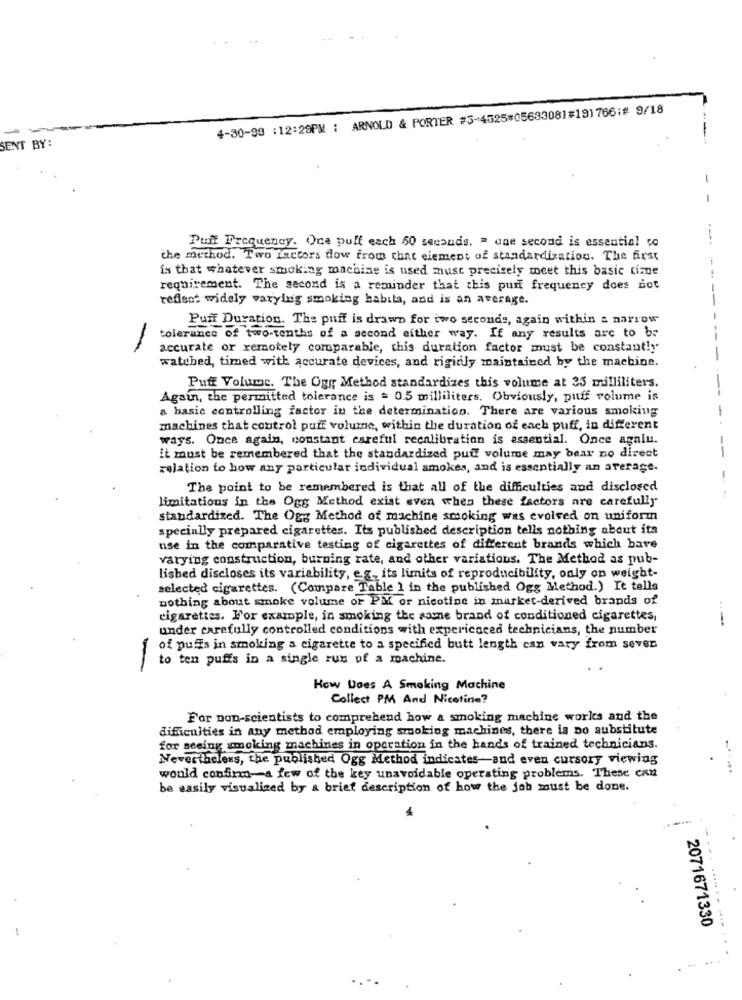
4-30-99 :12:29PM : ARNOLD & PORTER #5-4525#05633081#191766;# 9/18
-
-
SENT BY:
Puit Frequency. One puff each 60 seconds. " one second is essential to
the method. Two factors flow from chat element of standardization. The first
is that whatever smoking machine is used must precisely meet this basic cime
requirement. The second is a reminder that this purt frequency does not
reflect widely varylug smoking habita, and is an average.
Pun Duration. The puff is drawn for two seconds, again within a narrow
-
tolerance of two-tenths of a second either way. If any results are to be
accurate or remotely comparable, this duration factor must be constantly
watebed, timed with accurate devices, and rigidly maintained by the machine.
Puff Volume. The Ogg Method standardizes this volume at 25 milliliters.
Again, the permitted tolerance is = 0.5 milliliters, Obviously, puff volume is
a basic controlling factor in the determination. There are various smoking
machines that control puff volume, within the duration of each puff, in different
ways. Once again, constant careful recalibration is essential. Once agniu.
it must be remembered that the standardized puff volume may bear no direct
relation to how any particular individual smokes, and is essentially an average.
The point to be remembered is that all of the difficulties and disclosed
limitations in the Ogg Method exist even when these factors are carefully
standardized. The Ogg Method of machine smoking was evolved on uniform
specially prepared cigarettes. Its published description tells nothing about its
use in the comparative testing of cigarettes of different brands which bave
varying construction, burning rate, and other variations. The Method as pub-
lished discloses its variability, e.g ., its limits of reproducibility, only on weight-
selected cigarettes. (Compare Table 1 in the published Ogg Method.) It tells
nothing about smoke volume or PM or nicotine in market-derived brands of
cigarettes. For example, in smoking the somne brand of conditioned cigarettes,
under carefully controlled conditions with experienced technicians, the number
of puffs in smoking a cigarette to a specified butt length can vary from seven
to ten puffs in a single run of a machine.
-
How Does A Smoking Machine
Collect PM And Nicotine?
For non-scientists to comprehend how a smoking machine works and the
difficulties in any method employing smoking machines, there is no substitute
for seeing smoking machines in operation in the hands of trained technicians.
Nevertheless, the published Ogg Method indicates-and even cursory viewing
would confirm-a few of the key unavoidable operating problems. These can
be easily visualized by a brief description of how the job must be done.
......
2071671330